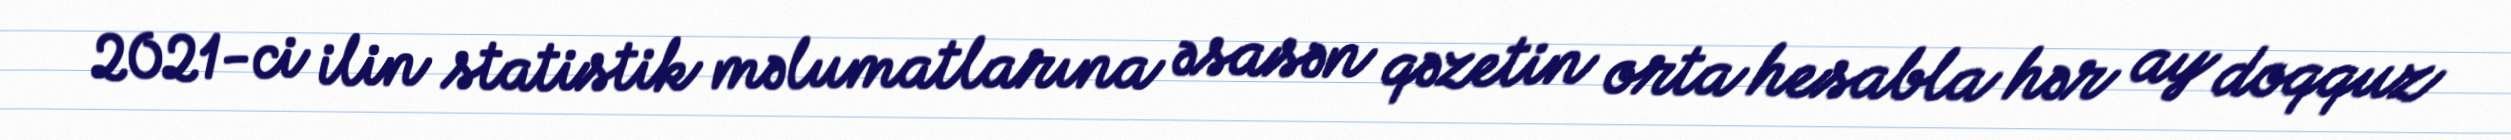
2021-ci ilin statistik məlumatlarına əsasən qəzetin orta hesabla hər ay doqquz